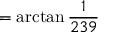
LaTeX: = \arctan { \frac { 1 } { 2 3 9 } }